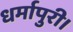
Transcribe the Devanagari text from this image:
धर्मापुरी।